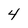
Character: 4